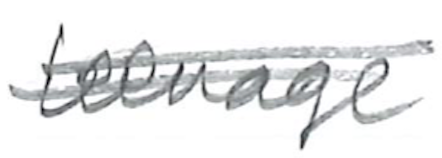
Text: teenage
Cross-out: double-line
Writing tool: pencil